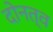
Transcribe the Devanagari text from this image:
दोनत्व